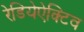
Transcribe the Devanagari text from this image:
रेडियेऐक्टिव